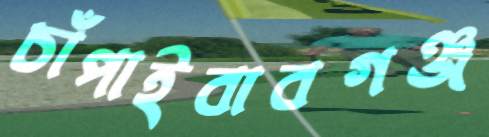
চাঁপাইবাবগঞ্জ